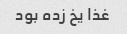
غذا یخ زده بود